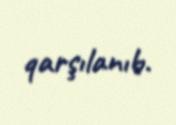
qarşılanıb.